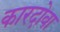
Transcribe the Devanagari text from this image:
कारदोवा